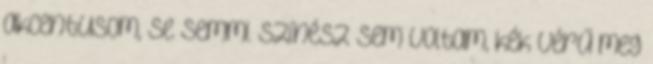
akcentusom, se semmi. Színész sem voltam, kék vérű meg